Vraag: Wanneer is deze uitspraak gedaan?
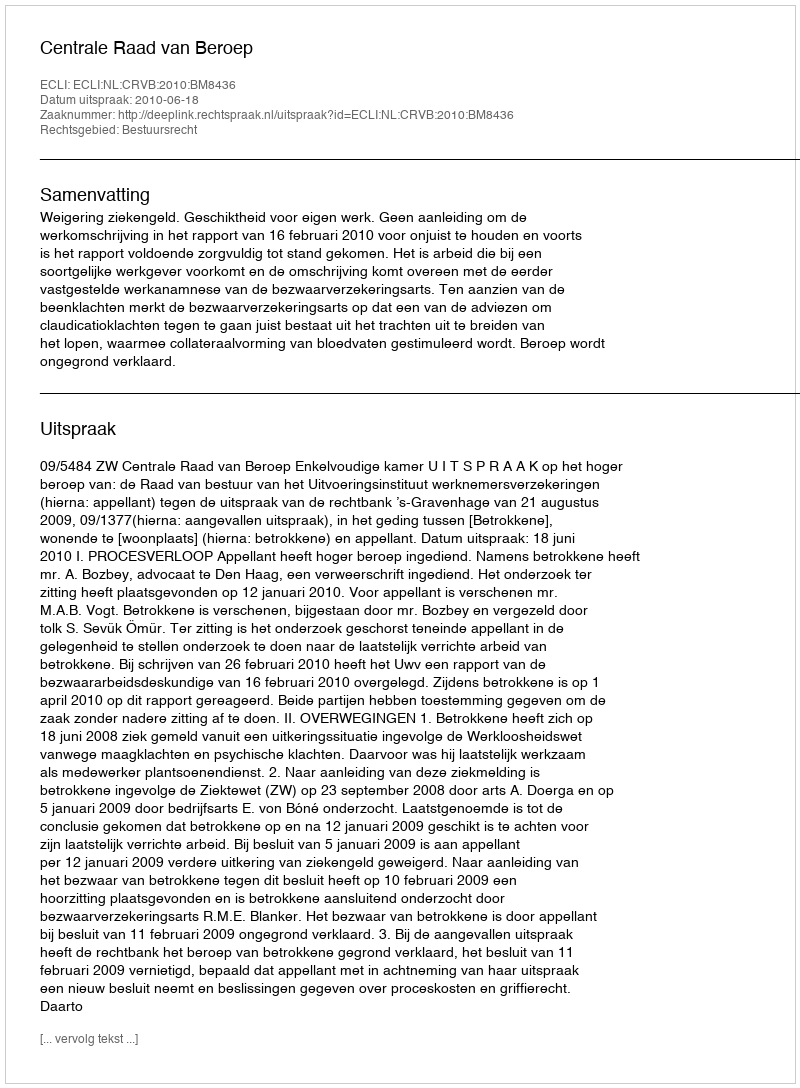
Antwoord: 2010-06-18